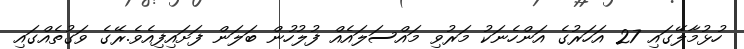
ހުޅުމާލޭގައި 27 އަހަރުގެ އަންހެނަކު މަރުވި މައްސަލައެއް ފުލުހުން ބަލަން ފަށައިފިއެވެ.ރޭގެ ވަގުތެއްގައި